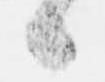
々